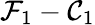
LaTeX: \mathcal{F}_{1}-\mathcal{C}_{1}